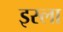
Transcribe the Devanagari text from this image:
इस्‍ला